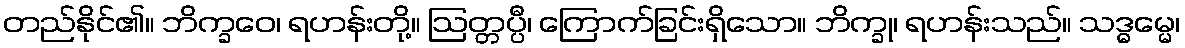
တည်နိုင်၏။ ဘိက္ခဝေ၊ ရဟန်းတို့။ ဩတ္တပ္ပီ၊ ကြောက်ခြင်းရှိသော။ ဘိက္ခု၊ ရဟန်းသည်။ သဒ္ဓမ္မေ၊